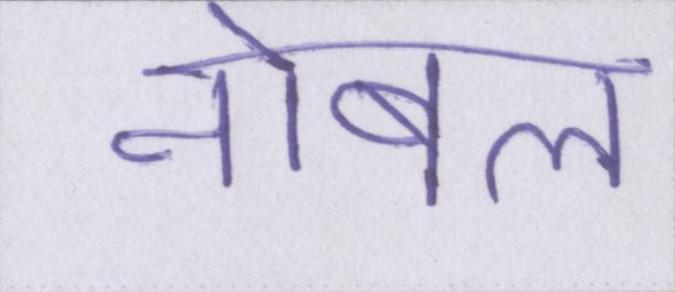
नोबल